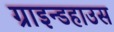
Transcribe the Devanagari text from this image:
ग्राइन्डहाउस